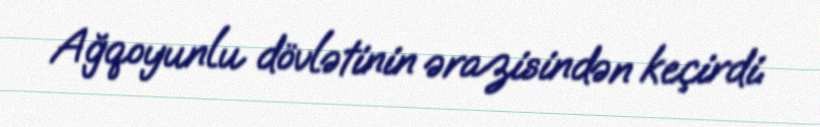
Ağqoyunlu dövlətinin ərazisindən keçirdi.